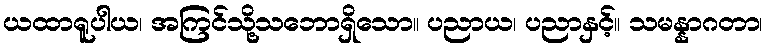
ယထာရူပါယ၊ အကြင်သို့သဘောရှိသော။ ပညာယ၊ ပညာနှင့်။ သမန္နာဂတာ၊